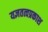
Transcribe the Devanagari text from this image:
यज्ञतत्वप्रकाश